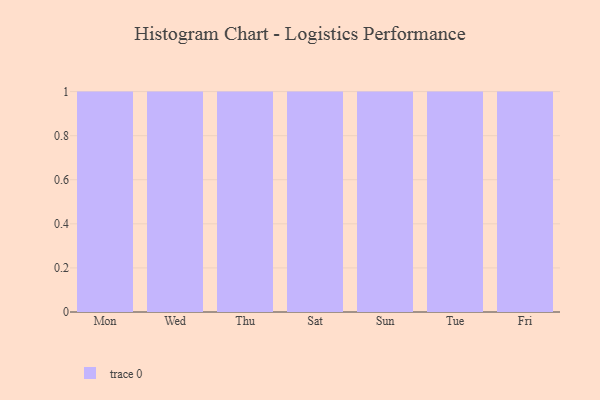
{"axis": {"x": "Day", "y": "Website Visitors"}, "legend": [""], "data": [{"x": "Mon", "y": 91, "type": ""}, {"x": "Wed", "y": 79, "type": ""}, {"x": "Thu", "y": 38, "type": ""}, {"x": "Sat", "y": 70, "type": ""}, {"x": "Sun", "y": 45, "type": ""}, {"x": "Tue", "y": 75, "type": ""}, {"x": "Fri", "y": 100, "type": ""}]}